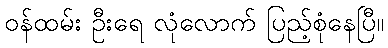
ဝန်ထမ်း ဦးရေ လုံလောက် ပြည့်စုံနေပြီ။